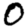
Digit: 0